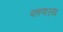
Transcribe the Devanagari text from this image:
पहाणार्‍या